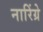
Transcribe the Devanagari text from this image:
नारिंग्रे